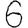
Digit: 6